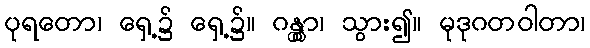
ပုရတော၊ ရှေ့၌ ရှေ့၌။ ဂန္တွာ၊ သွား၍။ မုဒုဂတဝါတာ၊